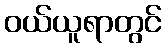
ဝယ်ယူရာတွင်